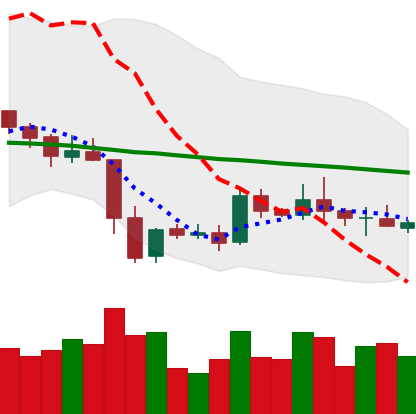
Ticker: XRP-USD
Chart end date: 2019-05-08
Forward return: 8.232%
Label: up_7plus